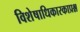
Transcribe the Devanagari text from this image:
विशेषाधिकारकाप्रश्न